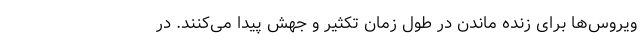
ویروس‌ها برای زنده‌ ماندن در طول زمان تکثیر و جهش پیدا می‌کنند. در